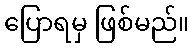
ပြောရမှ ဖြစ်မည်။